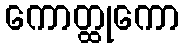
ကောတ္ထုကော